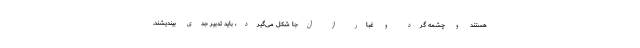
هستند و چشمه گرد و غبار از آن‌جا شکل می‌گیرد، باید تدبیر جدی بیندیشند.